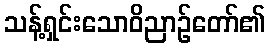
သန့်ရှင်းသောဝိညာဉ်တော်၏